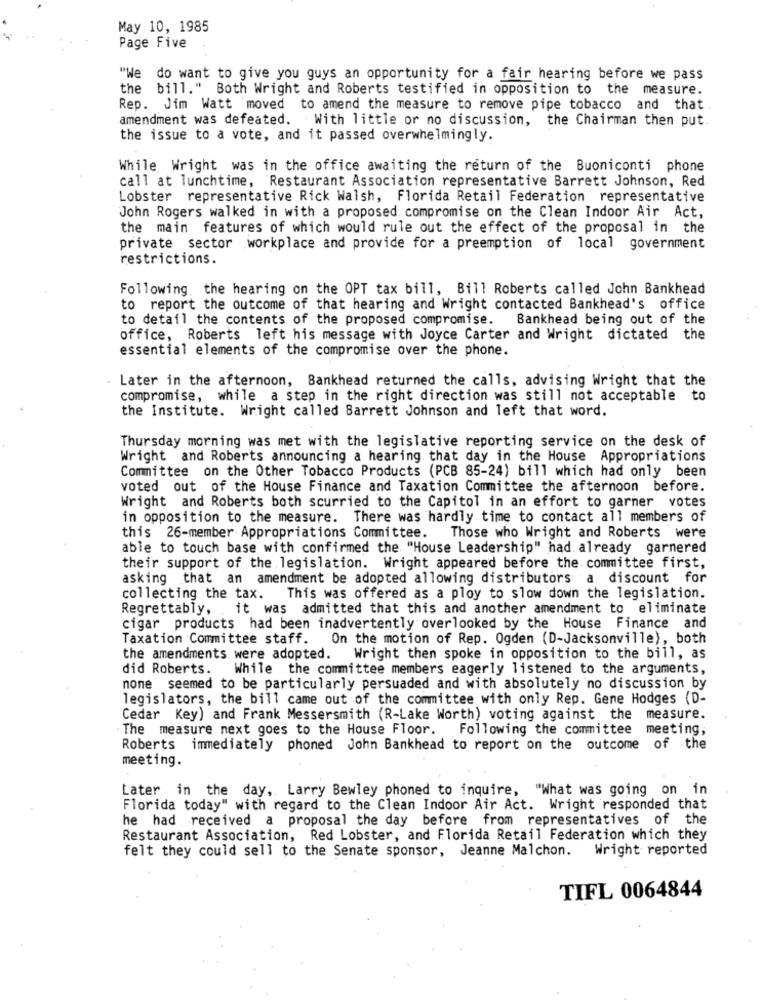
May 10, 1985
Page Five
"We do want to give you guys an opportunity for a fair hearing before we pass
the bill." Both Wright and Roberts testified in opposition to the measure.
Rep. Jim Watt moved to amend the measure to remove pipe tobacco and that
amendment was defeated. With little or no discussion, the Chairman then put.
the issue to a vote, and it passed overwhelmingly.
While Wright was in the office awaiting the return of the Buoniconti phone
call at lunchtime, Restaurant Association representative Barrett Johnson, Red
Lobster representative Rick Walsh, Florida Retail Federation representative
John Rogers walked in with a proposed compromise on the Clean Indoor Air Act,
the main features of which would rule out the effect of the proposal in the
private sector workplace and provide for a preemption of local government
restrictions.
Following the hearing on the OPT tax bill, Bill Roberts called John Bankhead
to report the outcome of that hearing and Wright contacted Bankhead's office
to detail the contents of the proposed compromise.
Bankhead being out of the
office, Roberts left his message with Joyce Carter and Wright dictated the
essential elements of the compromise over the phone.
Later in the afternoon, Bankhead returned the calls, advising Wright that the
compromise, while a step in the right direction was still not acceptable to
the Institute. Wright called Barrett Johnson and left that word.
Thursday morning was met with the legislative reporting service on the desk of
Wright and Roberts announcing a hearing that day in the House Appropriations
Committee on the Other Tobacco Products (PCB 85-24) bill which had only been
voted out of the House Finance and Taxation Committee the afternoon before.
Wright and Roberts both scurried to the Capitol in an effort to garner votes
in opposition to the measure. There was hardly time to contact all members of
this 26-member Appropriations Committee. Those who Wright and Roberts were
able to touch base with confirmed the "House Leadership" had already garnered
their support of the legislation. Wright appeared before the committee first,
asking that an amendment be adopted allowing distributors a discount for
collecting the tax. This was offered as a ploy to slow down the legislation.
Regrettably, . it was admitted that this and another amendment to eliminate
cigar products had been inadvertently overlooked by the House Finance and
Taxation Committee staff. On the motion of Rep. Ogden (D-Jacksonville), both
the amendments were adopted. Wright then spoke in opposition to the bill, as
did Roberts.
While the committee members eagerly listened to the arguments,
none seemed to be particularly persuaded and with absolutely no discussion by
legislators, the bill came out of the committee with only Rep. Gene Hodges (D-
Cedar Key) and Frank Messersmith (R-Lake Worth) voting against the measure.
The measure next goes to the House Floor. Following the committee meeting,
Roberts immediately phoned John Bankhead to report on the outcome of the
meeting.
Later in the day, Larry Bewley phoned to inquire, "What was going on in
Florida today" with regard to the Clean Indoor Air Act. Wright responded that
he had received a proposal the day before from representatives of the
Restaurant Association, Red Lobster, and Florida Retail Federation which they
felt they could sell to the Senate sponsor, Jeanne Malchon.
Wright reported
TIFL 0064844